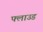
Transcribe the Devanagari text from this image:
फ्लाउड